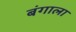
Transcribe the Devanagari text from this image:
बंगाला